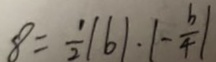
8 = \frac { 1 } { 2 } \vert b \vert \cdot \vert - \frac { b } { 4 } \vert